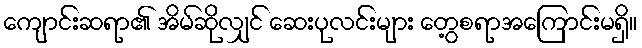
ကျောင်းဆရာ၏ အိမ်ဆိုလျှင် ဆေးပုလင်းများ တွေ့စရာအကြောင်းမရှိ။